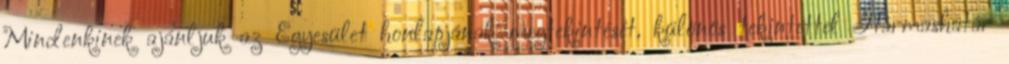
Mindenkinek ajánljuk az Egyesület honlapjának megtekintését, különös tekintettel Hármashatár